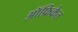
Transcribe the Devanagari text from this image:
ऑफ्रिकेत